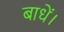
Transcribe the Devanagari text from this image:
बाधें।